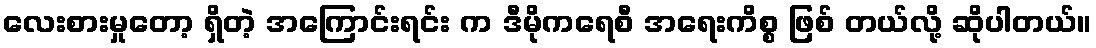
လေးစားမှုတော့ ရှိတဲ့ အကြောင်းရင်း က ဒီမိုကရေစီ အရေးကိစ္စ ဖြစ် တယ်လို့ ဆိုပါတယ်။